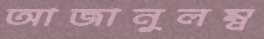
আজানুলম্ব